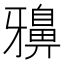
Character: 𪖕